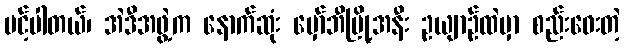
ပင့်ပါတယ်၊ အဲဒီအဖွဲ့က နောက်ဆုံး မှော်ဘီမြို့အနီး ဥယျာဉ်ထဲမှာ စည်းဝေးတဲ့